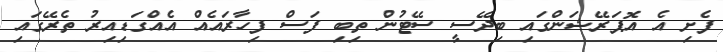
ފެށި އެ އޮޕަރޭޝަންގައި ބިދޭސީ ސޭޓުން ތިބި ފަސް ފިހާރައެއް އެއްގަޑިއިރު ތެރޭގައި